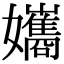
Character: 孈